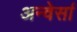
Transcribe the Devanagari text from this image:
अन्वेर्सा